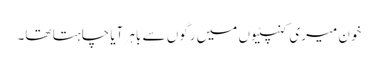
خون میری کنپٹیوں میں رگوں سے باہر آیا چاہتا تھا۔